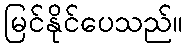
မြင်နိုင်ပေသည်။